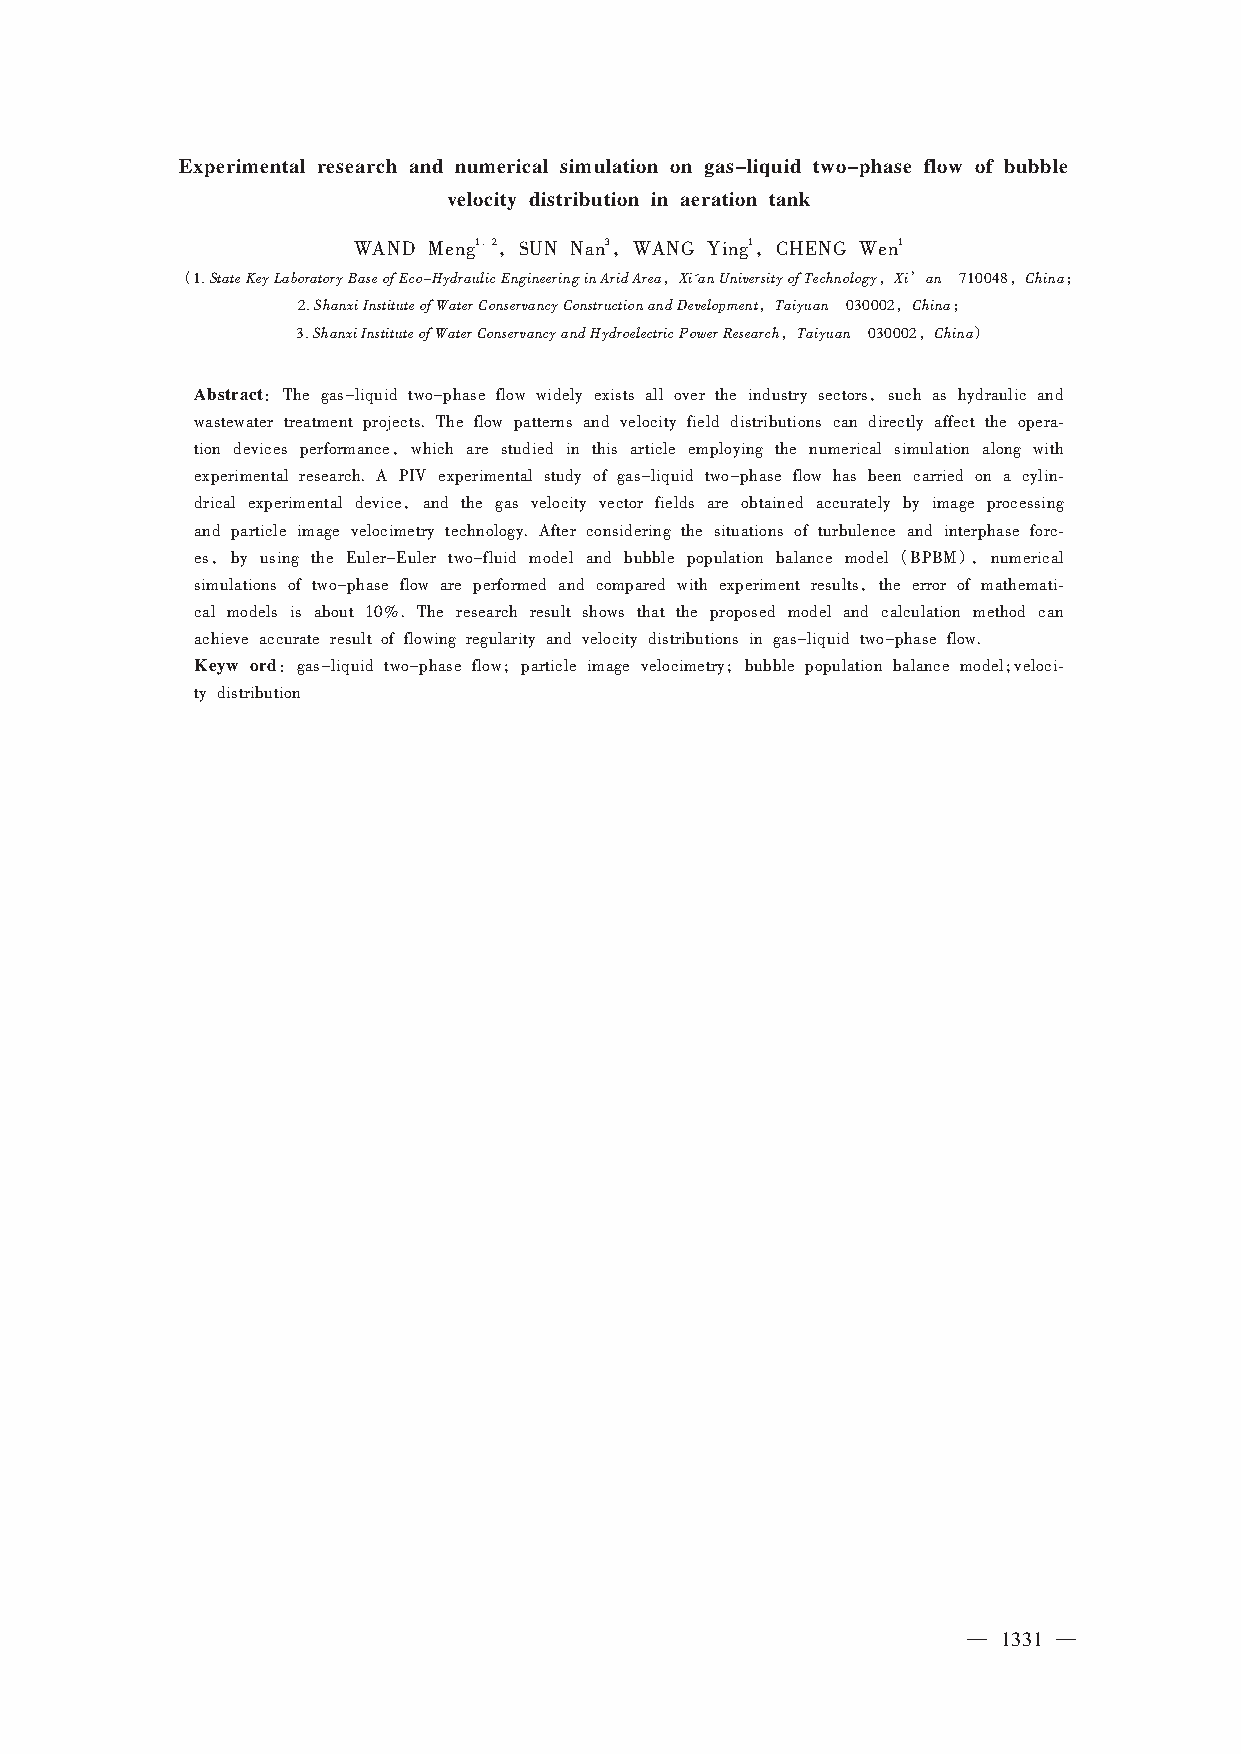
Experimental research and numerical simulation on gas-liquid two-phase flow of bubble
 velocity distribution in aeration tank
 1， 2，    3，        1，       1
 WAND Meng  SUN Nan WANG Ying CHENG Wen
 （ StateKeyLaboratoryBaseofEco-HydraulicEngineeringinAridArea，Xi'anUniversityofTechnology，Xi’an ，China；
 1.                                                710048
 ShanxiInstituteofWaterConservancyConstructionandDevelopment，Taiyuan ，China；
 2.                                  030002
 ShanxiInstituteofWaterConservancyandHydroelectricPowerResearch，Taiyuan ，China）
 3.                                   030002
 Abstract：                                   ，
 The gas-liquid two-phase flow widely exists all over the industry sectors such as hydraulic and
 wastewater treatment projects. The flow patterns and velocity field distributions can directly affect the opera⁃
 ，
 tion devices performance which are studied in this article employing the numerical simulation along with
 experimental research. A PIV experimental study of gas-liquid two-phase flow has been carried on a cylin⁃
 ，
 drical experimental device and the gas velocity vector fields are obtained accurately by image processing
 and particle image velocimetry technology. After considering the situations of turbulence and interphase forc⁃
 ，                                            （   ），
 es by using the Euler-Euler two-fluid model and bubble population balance model BPBM numerical
 ，
 simulations of two-phase flow are performed and compared with experiment results the error of mathemati⁃
 cal models is about 10%. The research result shows that the proposed model and calculation method can
 achieve accurate result of flowing regularity and velocity distributions in gas-liquid two-phase flow.
 Keyw ord：           ；              ；                 ；
 gas-liquid two-phase flow particle image velocimetry bubble population balance model veloci⁃
 ty distribution
 — 1331 —